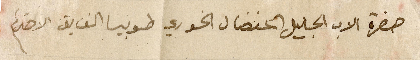
حضرة الاب الجليل المفضال الخوري طوبيا الفايق الاحترام